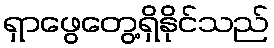
ရှာဖွေတွေ့ရှိနိုင်သည်